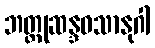
ဘတ္တုဆန္ဒဝသာနုဂါ